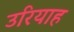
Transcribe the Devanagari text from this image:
उरियाह